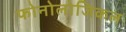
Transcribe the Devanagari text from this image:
फोनोलोजिकल